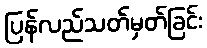
ပြန်လည်သတ်မှတ်ခြင်း